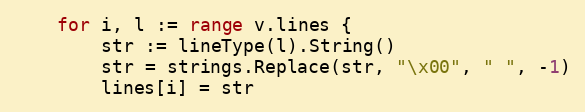
Language: Go
	for i, l := range v.lines {
		str := lineType(l).String()
		str = strings.Replace(str, "\x00", " ", -1)
		lines[i] = str